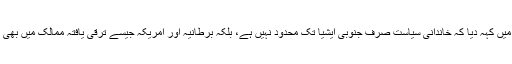
حمیدہ کھوڑو اور غازی صلاح الدین نے اجلاس کے آغاز ہی میں کہہ دیا کہ خاندانی سیاست صرف جنوبی ایشیا تک محدود نہیں ہے، بلکہ برطانیہ اور امریکہ جیسے ترقی یافتہ ممالک میں بھی کئی خاندان ایسے ہیں جو نسل در نسل سیاست سے وابستہ ہیں۔